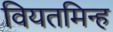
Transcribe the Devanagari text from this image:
वियतमिन्ह